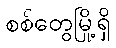
စစ်တွေမြို့ရှိ